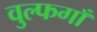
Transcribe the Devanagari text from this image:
वुल्फगाँ